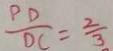
\frac { P D } { D C } = \frac { 2 } { 3 }